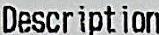
DESCRIPTION